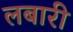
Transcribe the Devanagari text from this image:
लबारी